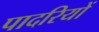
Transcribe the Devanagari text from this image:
पादरियों